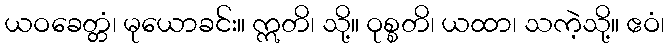
ယဝခေတ္တံ၊ မုယောခင်း။ ဣတိ၊ သို့။ ဝုစ္စတိ၊ ယထာ၊ သကဲ့သို့။ ဧဝံ၊